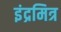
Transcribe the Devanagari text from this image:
इंद्रमित्र